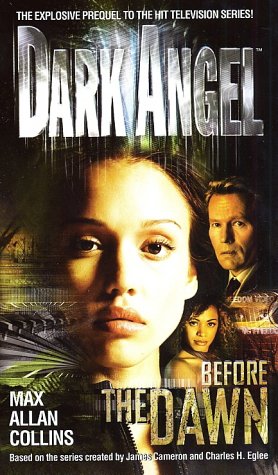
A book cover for Before the Dawn (Dark Angel); Max Allan Collins; Science Fiction & Fantasy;